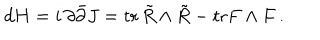
LaTeX: d H = i \, \partial \bar { \partial } J = \mathrm { t r } \, \tilde { R } \wedge \tilde { R } - \mathrm { t r } F \wedge F \, .